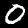
Digit: 0